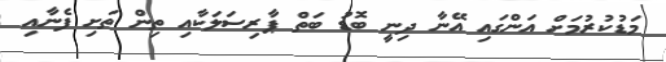
މަޑުކުރުމަށް އަންގައި އޭނާ ދިނީ ބޮޑު ބަތް ޕާރިސަލަކާއި ތިން ތަށި ފެނާއި